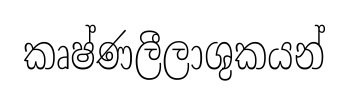
කෘෂ්ණලීලාශුකයන්